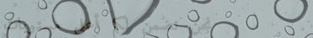
نحن نضمن لكم أعلى مستويات